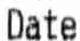
DATE